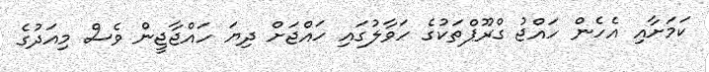
ކަމަށާއި އެހެން ހައްޖު ގްރޫޕްތަކުގެ ހަވާލުގައި ހައްޖަށް ދިޔަ ހައްޖާޖީން ވެސް މިއަދުގެ